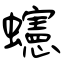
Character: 䘆